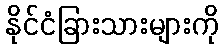
နိုင်ငံခြားသားများကို